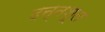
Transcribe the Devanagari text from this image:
दन्तशूल